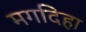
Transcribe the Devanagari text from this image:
मगदिहा